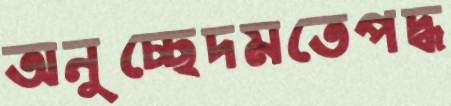
অনুচ্ছেদমতেপদ্ধ